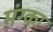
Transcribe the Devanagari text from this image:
मंग्का